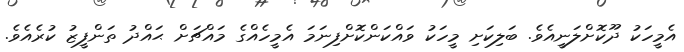
އެމީހަކު ދޫކޮށްލަނީއެވެ. ބަލިކަށި މީހަކު ވައްކަންކޮށްފިނަމަ އެމީހެއްގެ މައްޗަށް ޙައްދު ތަންފީޒު ކުރެއެވެ.